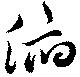
俯